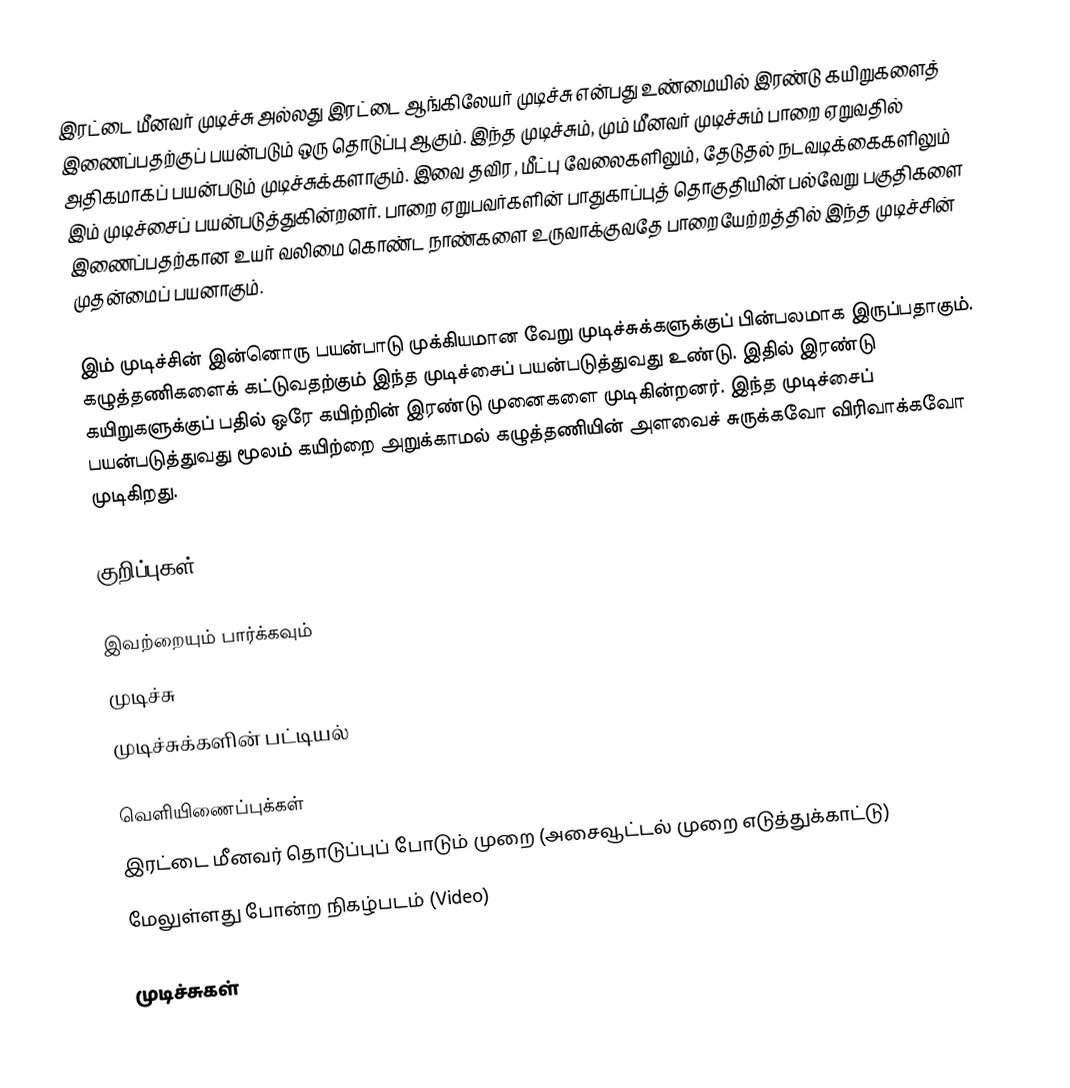
இரட்டை மீனவர் முடிச்சு அல்லது இரட்டை ஆங்கிலேயர் முடிச்சு என்பது உண்மையில் இரண்டு கயிறுகளைத் இணைப்பதற்குப் பயன்படும் ஒரு தொடுப்பு ஆகும். இந்த முடிச்சும், மும் மீனவர் முடிச்சும் பாறை ஏறுவதில் அதிகமாகப் பயன்படும் முடிச்சுக்களாகும். இவை தவிர, மீட்பு வேலைகளிலும், தேடுதல் நடவடிக்கைகளிலும் இம் முடிச்சைப் பயன்படுத்துகின்றனர். பாறை ஏறுபவர்களின் பாதுகாப்புத் தொகுதியின் பல்வேறு பகுதிகளை இணைப்பதற்கான உயர் வலிமை கொண்ட நாண்களை உருவாக்குவதே பாறையேற்றத்தில் இந்த முடிச்சின் முதன்மைப் பயனாகும்.

இம் முடிச்சின் இன்னொரு பயன்பாடு முக்கியமான வேறு முடிச்சுக்களுக்குப் பின்பலமாக இருப்பதாகும். கழுத்தணிகளைக் கட்டுவதற்கும் இந்த முடிச்சைப் பயன்படுத்துவது உண்டு. இதில் இரண்டு கயிறுகளுக்குப் பதில் ஒரே கயிற்றின் இரண்டு முனைகளை முடிகின்றனர். இந்த முடிச்சைப் பயன்படுத்துவது மூலம் கயிற்றை அறுக்காமல் கழுத்தணியின் அளவைச் சுருக்கவோ விரிவாக்கவோ முடிகிறது.

குறிப்புகள்

இவற்றையும் பார்க்கவும்
 முடிச்சு
 முடிச்சுக்களின் பட்டியல்

வெளியிணைப்புக்கள்
இரட்டை மீனவர் தொடுப்புப் போடும் முறை (அசைவூட்டல் முறை எடுத்துக்காட்டு)
மேலுள்ளது போன்ற நிகழ்படம் (Video)

முடிச்சுகள்